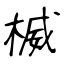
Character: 楲